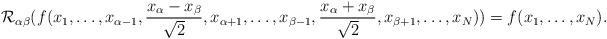
LaTeX: \begin{align*}\mathcal{R}_{\alpha \beta}(f(x_1, \ldots, x_{\alpha-1},\frac{x_{\alpha}-x_{\beta}}{\sqrt{2}},x_{\alpha+1}, \ldots, x_{\beta-1},\frac{x_{\alpha}+x_{\beta}}{\sqrt{2}},x_{\beta+1},\ldots,x_N))=f(x_1,\ldots, x_N). \end{align*}